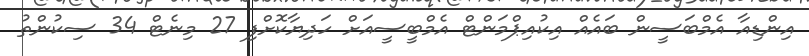
އިންޑިއާ އެމްބަސީން ބައެއް އިކުއިޕްމަންޓް އެމްބީސީއަށް ހަދިޔާކޮށްފި 27 މިނެޓް 34 ސިކުންތު